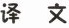
译文